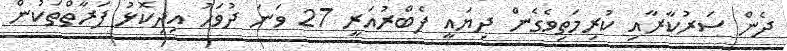
ދެން ސަރުކާރާއި ކުރިމަތިވެގެން ދިޔައީ ފެބްރުއަރީ 27 ވަނަ ދުވަހު އިދިކޮޅު ފަރާތްތަކުން